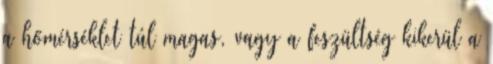
a hőmérséklet túl magas, vagy a feszültség kikerül a